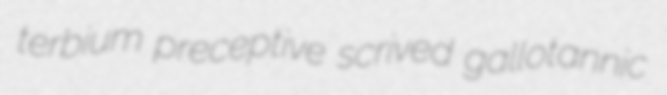
terbium preceptive scrived gallotannic